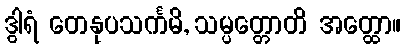
ဒွါရံ တေနုပသင်္ကမိ, သမ္ပတ္တောတိ အတ္ထော။